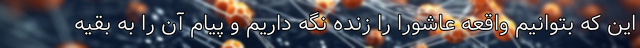
این که بتوانیم واقعه عاشورا را زنده نگه داریم و پیام آن را به بقیه